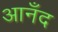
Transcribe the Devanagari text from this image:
आनँद